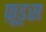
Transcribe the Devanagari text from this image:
फ़ूड्स